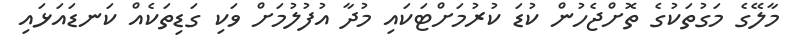
މާލޭގެ މަގުތަކުގެ ތޮށްޖެހުން ކުޑަ ކުރުމަށްޓަކައި މުދާ އުފުލުމަށް ވަކި ގަޑިތަކެއް ކަނޑައަޅައި